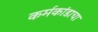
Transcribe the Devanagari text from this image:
कर्मकांडाचा